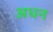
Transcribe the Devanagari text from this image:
अधन